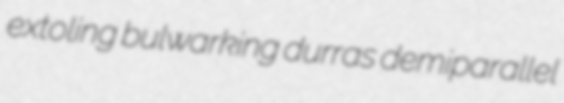
extoling bulwarking durras demiparallel